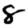
Digit: 8